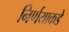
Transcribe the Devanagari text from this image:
निर्णयाकडे